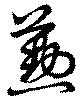
懃